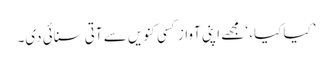
’کیا کیا، ‘ مجھے اپنی آواز کسی کنویں سے آتی سنائی دی۔